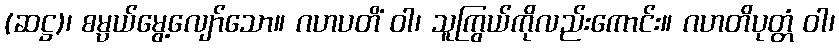
(ဆဋ္ဌ)၊ စမ္ပယ်မွေ့လျော်သော။ ဂဟပတိံ ဝါ၊ သူကြွယ်ကိုလည်းကောင်း။ ဂဟတိပုတ္တံ ဝါ၊